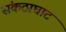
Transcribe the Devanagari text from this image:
संकठाघाट